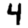
Digit: 4